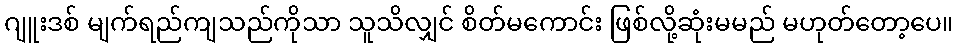
ဂျူးဒစ် မျက်ရည်ကျသည်ကိုသာ သူသိလျှင် စိတ်မကောင်း ဖြစ်လို့ဆုံးမမည် မဟုတ်တော့ပေ။